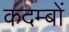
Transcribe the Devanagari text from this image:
कदम्बों